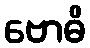
ဗောဓိ